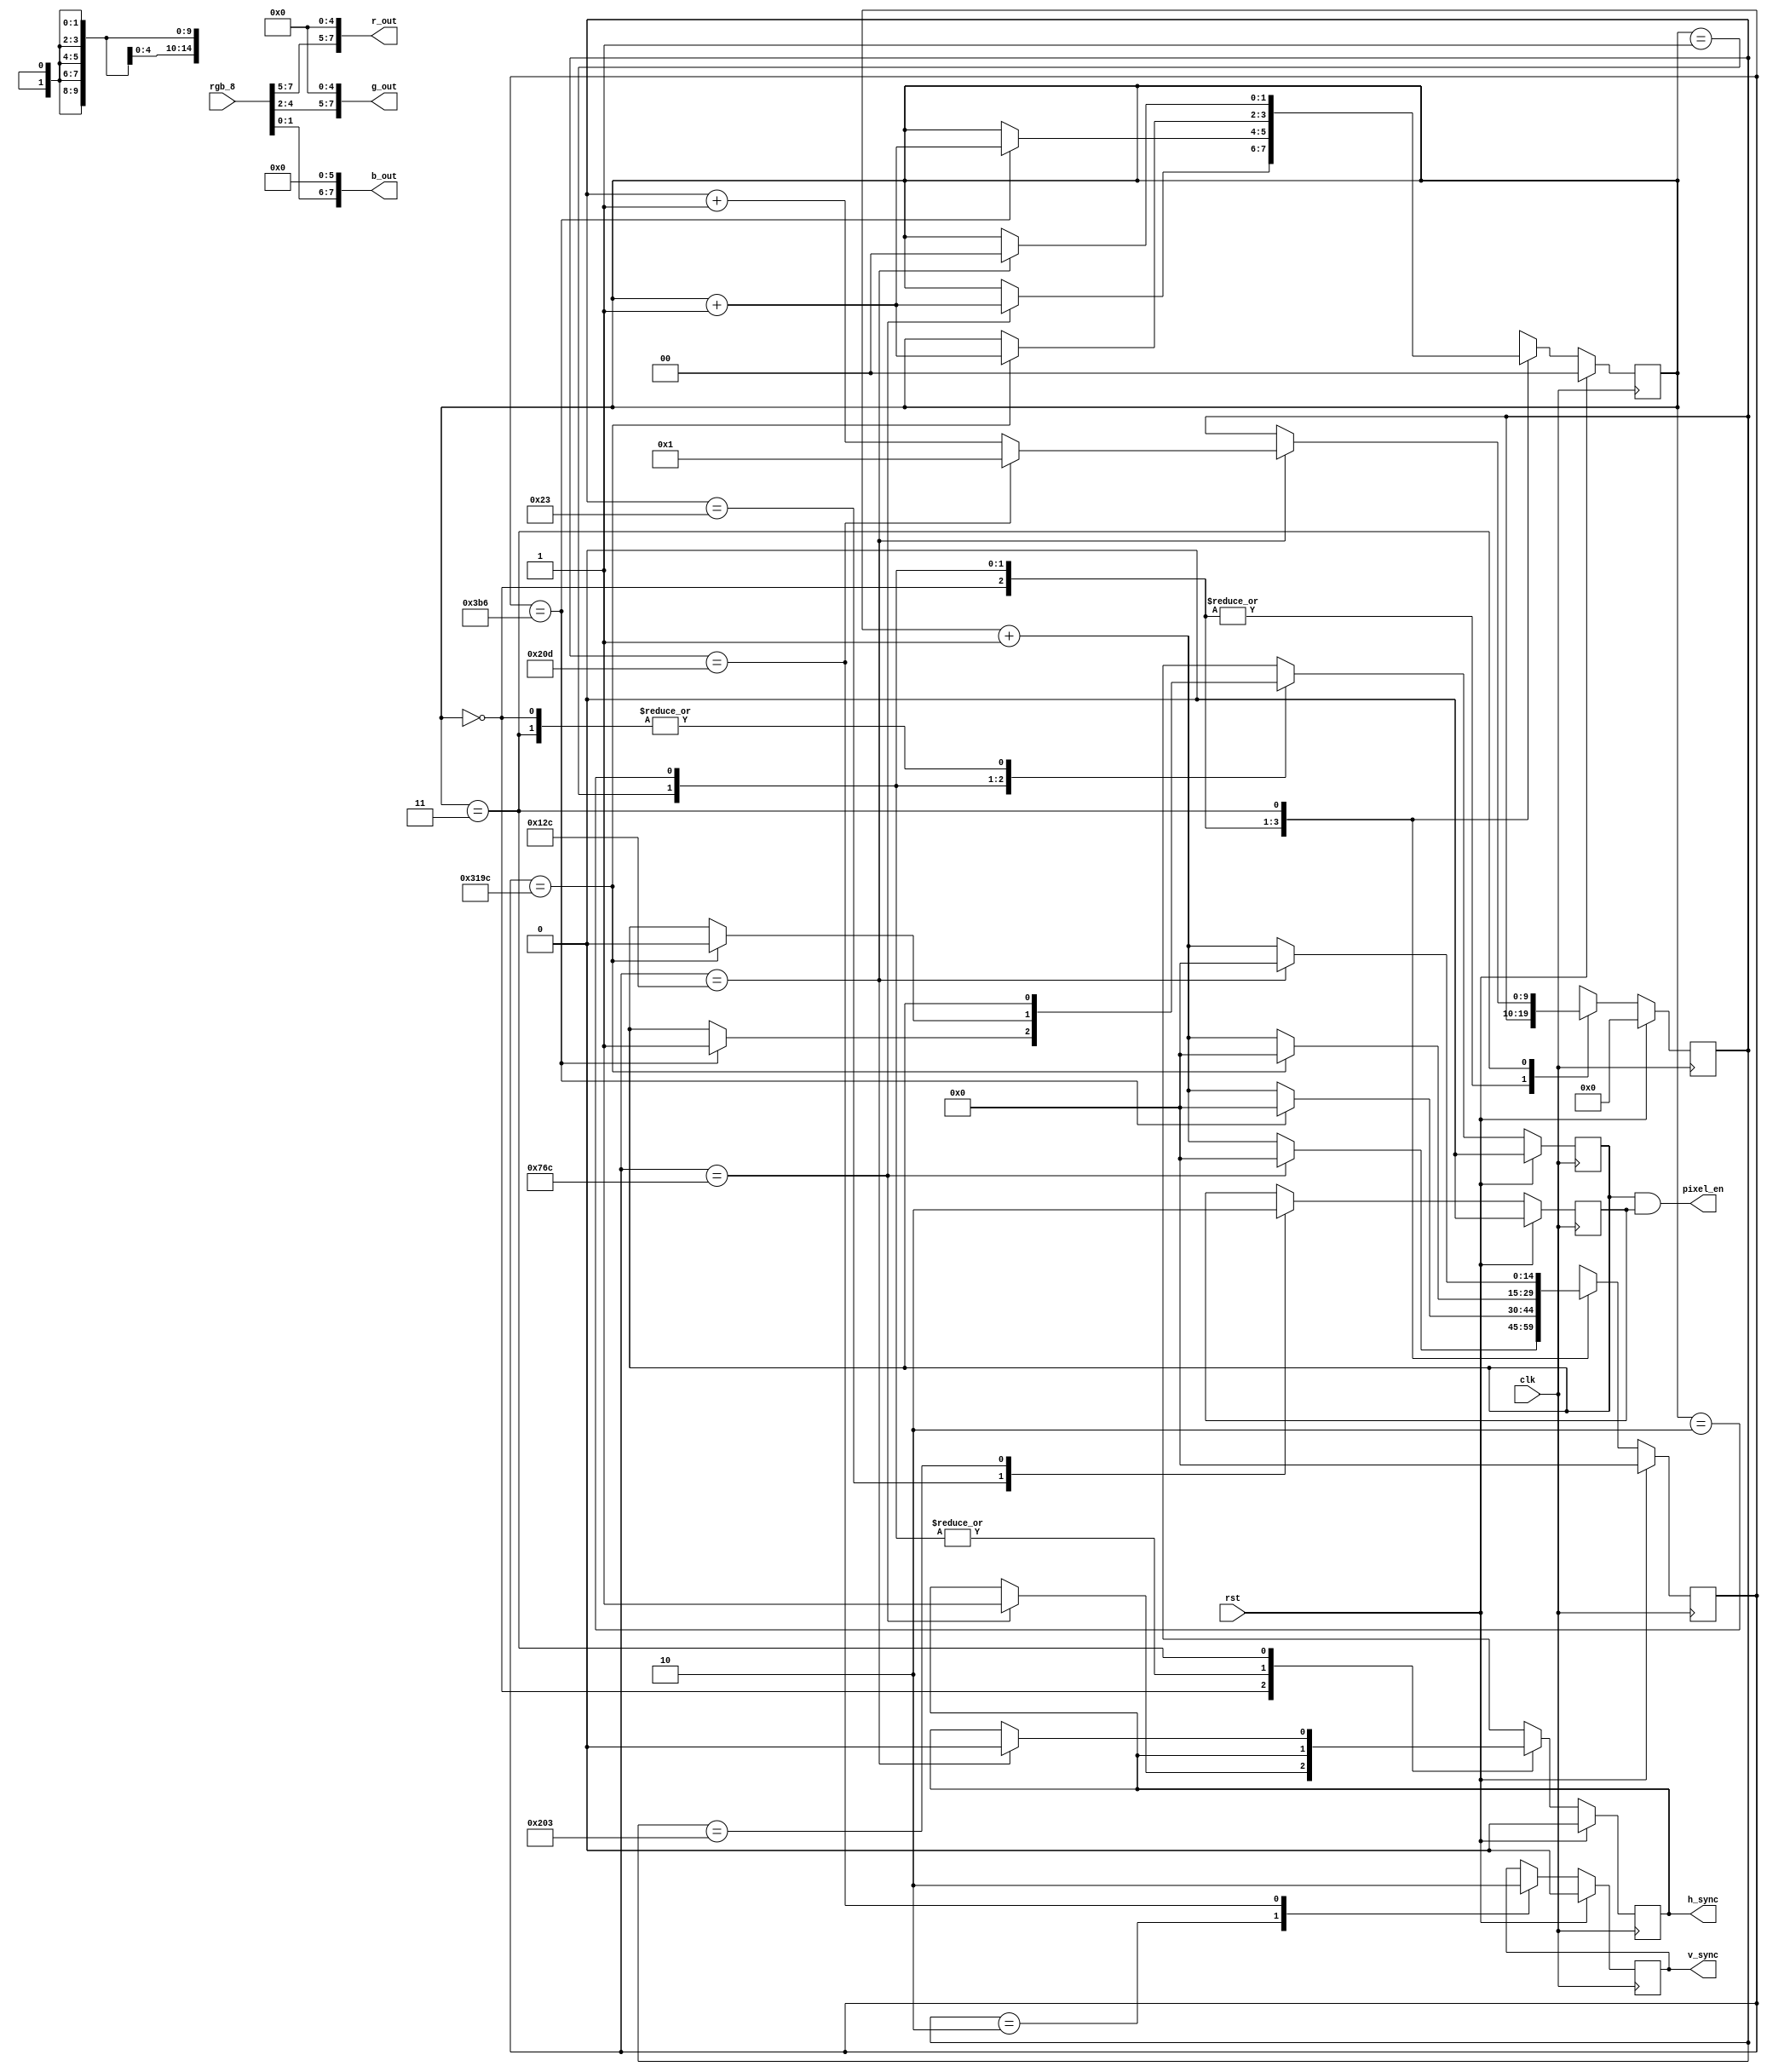
module VGA_Controller (

	input clk,
	input rst,
	input  [7:0] rgb_8,
	output [7:0] r_out,
	output [7:0] g_out,
	output [7:0] b_out,
	output reg h_sync,
	output reg v_sync,
	output wire pixel_en

);

	reg h_screen_on;
	reg v_screen_on;
	reg [14:0] h_sync_counter;
	reg [1:0] h_sync_mode;
	reg [9:0] v_sync_counter;
	
	// //For Simulation
	// initial
	// begin
	// 	h_sync = 1'b0;
	// 	v_sync = 1'b0;
	// 	h_screen_on = 1'd0;
	// 	v_screen_on = 1'd0;
	// 	h_sync_counter = 14'd0;
	// 	v_sync_counter = 10'd0;
	// 	h_sync_mode = 2'd0;
	// end
	
	//enable pixel input
	assign pixel_en = h_screen_on & v_screen_on;
	//Convert 8 bit RGB to 24 bit RGB
	assign r_out = {rgb_8[7:5], 5'd0};
	assign g_out = {rgb_8[4:2], 5'd0};
	assign b_out = {rgb_8[1:0], 6'd0};
	
	always @(posedge clk)
	begin
		if (rst)
		begin
			h_sync <= 1'd0;
			h_screen_on <= 1'd0;
			h_sync_counter <= 14'd0;
			v_sync_counter <= 10'd0;
			h_sync_mode <= 2'd0;
		end
		else
		begin
			//Handle the horizontal sync signal
			case(h_sync_mode)
				//Wait for horizontal Sync, set hsync high
				2'b00:
				begin
					if (h_sync_counter == 14'd1900)
					begin
						h_screen_on <= h_screen_on;
						h_sync <= 1'b1;
						h_sync_mode <= h_sync_mode + 1'd1;
						h_sync_counter <= 11'd0;
						v_sync_counter <= v_sync_counter;
					end
					else
					begin
						h_screen_on <= h_screen_on;
						h_sync <= h_sync;
						h_sync_mode <= h_sync_mode;
						h_sync_counter <= h_sync_counter + 1'd1;
						v_sync_counter <= v_sync_counter;
					end
				end
		
				//Wait for the back porch until pixels are
				//clocked
				2'b01:
				begin
					if (h_sync_counter == 14'd950)
					begin
						h_screen_on <= 1'b1;
						h_sync <= h_sync;
						h_sync_mode <= h_sync_mode + 1'd1;
						h_sync_counter <= 11'd0;
						v_sync_counter <= v_sync_counter;
					end
					else
					begin
						h_screen_on <= h_screen_on;
						h_sync <= h_sync;
						h_sync_mode <= h_sync_mode;
						h_sync_counter <= h_sync_counter + 1'd1;
						v_sync_counter <= v_sync_counter;
					end
				end
		
				//Display is on, can clock pixels during this time
				2'b10:
				begin
					if (h_sync_counter == 14'd12700)
					begin
						//Stop clocking pixels after end of display interval
						h_screen_on <= 1'b0;
						h_sync <= h_sync;
						h_sync_mode <= h_sync_mode + 1'd1;
						h_sync_counter <= 11'd0;
						v_sync_counter <= v_sync_counter;
					end
					else
					begin
						h_screen_on <= h_screen_on;
						h_sync <= h_sync;
						h_sync_mode <= h_sync_mode;
						h_sync_counter <= h_sync_counter + 1'd1;
						v_sync_counter <= v_sync_counter;
					end
				end
				
				//Wait for back porch, set hsync low, track the number
				//of horizontal lines
				2'b11:
				begin
					if (h_sync_counter == 14'd300)
					begin
						h_screen_on <= h_screen_on;
						h_sync <= 1'b0;
						h_sync_mode <= 2'b00;
						h_sync_counter <= 11'd0;
		
						if (v_sync_counter == 10'd525)
						begin
							v_sync_counter <= 10'd1;
						end
						else
						begin
							v_sync_counter <= v_sync_counter + 1'd1;
						end
					end
					else
					begin
						h_screen_on <= h_screen_on;
						h_sync <= h_sync;
						h_sync_mode <= h_sync_mode;
						h_sync_counter <= h_sync_counter + 1'd1;
						v_sync_counter <= v_sync_counter;
					end
				end
			endcase
		end
	end
	
	//Vertical sync signal
	always @(posedge clk)
	begin
		if (rst == 1'b1)
		begin
			v_sync <= 1'b0;
			v_screen_on <= 1'b0;
		end
		else
		begin
			case(v_sync_counter)
				//Wait Sync
				10'd2:
				begin
					v_sync <= 1'b1;
					v_screen_on <= v_screen_on;
				end
				//Wait Front Porch
				10'd35:
				begin
					v_sync <= v_sync;
					v_screen_on <= 1'b1;
				end
				//Wait Display Time
				10'd515:
				begin
					v_sync <= v_sync;
					v_screen_on <= 1'b0;
				end
				//Wait Back Porch
				10'd525:
				begin
					v_sync <= 1'b0;
					v_screen_on <= v_screen_on;
				end
				//maintain signal while lines are counting
				default:
				begin
					v_sync <= v_sync;
					v_screen_on <= v_screen_on;
				end
			endcase
		end
	end
endmodule